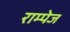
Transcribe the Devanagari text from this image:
राम्पेज